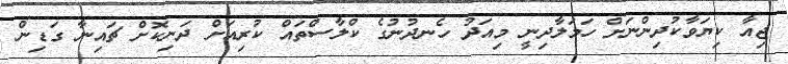
ޖިއާ ކިޔަވާކުދިންނަށް ހަމަލާދިނީ މިއަދު ހެނދުނުގެ ކްލާސްތައް ކުރިއަށް ދަނިކޮށް ޗައިނާ ގަޑިން